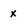
Character: x